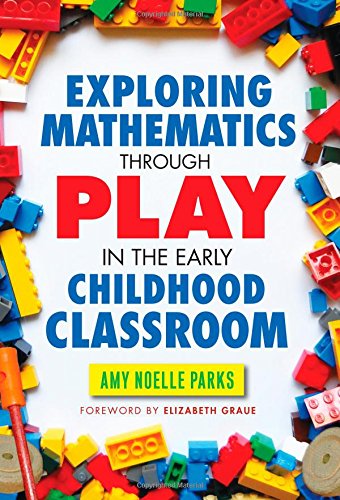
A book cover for Exploring Mathematics Through Play in the Early Childhood Classroom (Early Childhood Education Series) (Early Childhood Education (Teacher's College Pr)); Amy Noelle Parks; Education & Teaching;